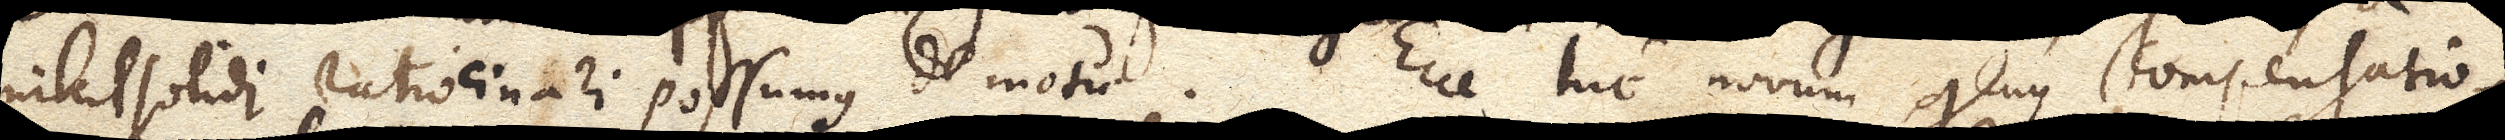
nihil solidi ratiocinari possumus de motu. Ecce hic novum genus compensatio